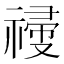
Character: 𥛆